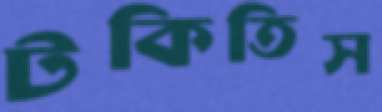
টকিতিস